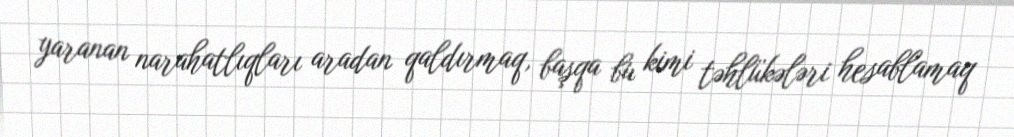
yaranan narahatlıqları aradan qaldırmaq, başqa bu kimi təhlükələri hesablamaq